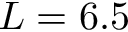
L = 6 . 5